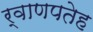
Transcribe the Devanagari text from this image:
र्वाणपतेह